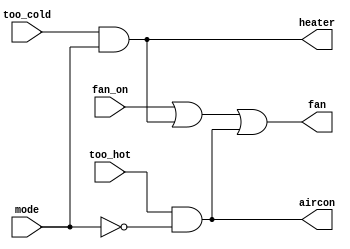
//Thermostat 

//ONLY USE ASSIGN STATEMENTS

module top_module (
    input too_cold,
    input too_hot,
    input mode,
    input fan_on,
    output heater,
    output aircon,
    output fan
); 

/**
    TruthTable
**/
    assign heater = too_cold && mode;
    assign aircon = too_hot && ~mode;
    assign fan = fan_on || heater || aircon;


endmodule